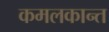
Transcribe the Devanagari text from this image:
कमलकान्‍त